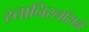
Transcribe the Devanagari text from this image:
स्तानिस्लॉसने